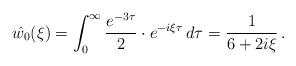
LaTeX: \begin{align*} \hat{w_0}(\xi) = \int_0^\infty \frac{e^{-3\tau}}{2} \cdot e^{-i\xi\tau} \, d\tau = \frac{1}{6 + 2i\xi}\,. \end{align*}